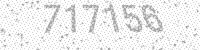
Solution: 717156